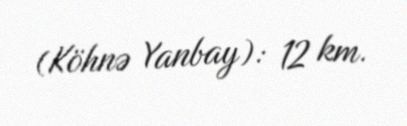
(Köhnə Yanbay): 12 km.